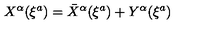
X ^ { \alpha } ( \xi ^ { a } ) = { \bar { X } } ^ { \alpha } ( \xi ^ { a } ) + Y ^ { \alpha } ( \xi ^ { a } )